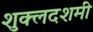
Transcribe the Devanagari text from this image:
शुक्लदशमी